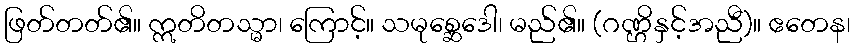
ဖြတ်တတ်၏။ ဣတိတသ္မာ၊ ကြောင့်။ သမုစ္ဆေဒေါ၊ မည်၏။ (ဂဏ္ဌိနှင့်အညီ)။ ဧတေန၊